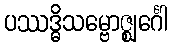
ပဿဒ္ဓိသမ္ဗောဇ္ဈင်္ဂေါ